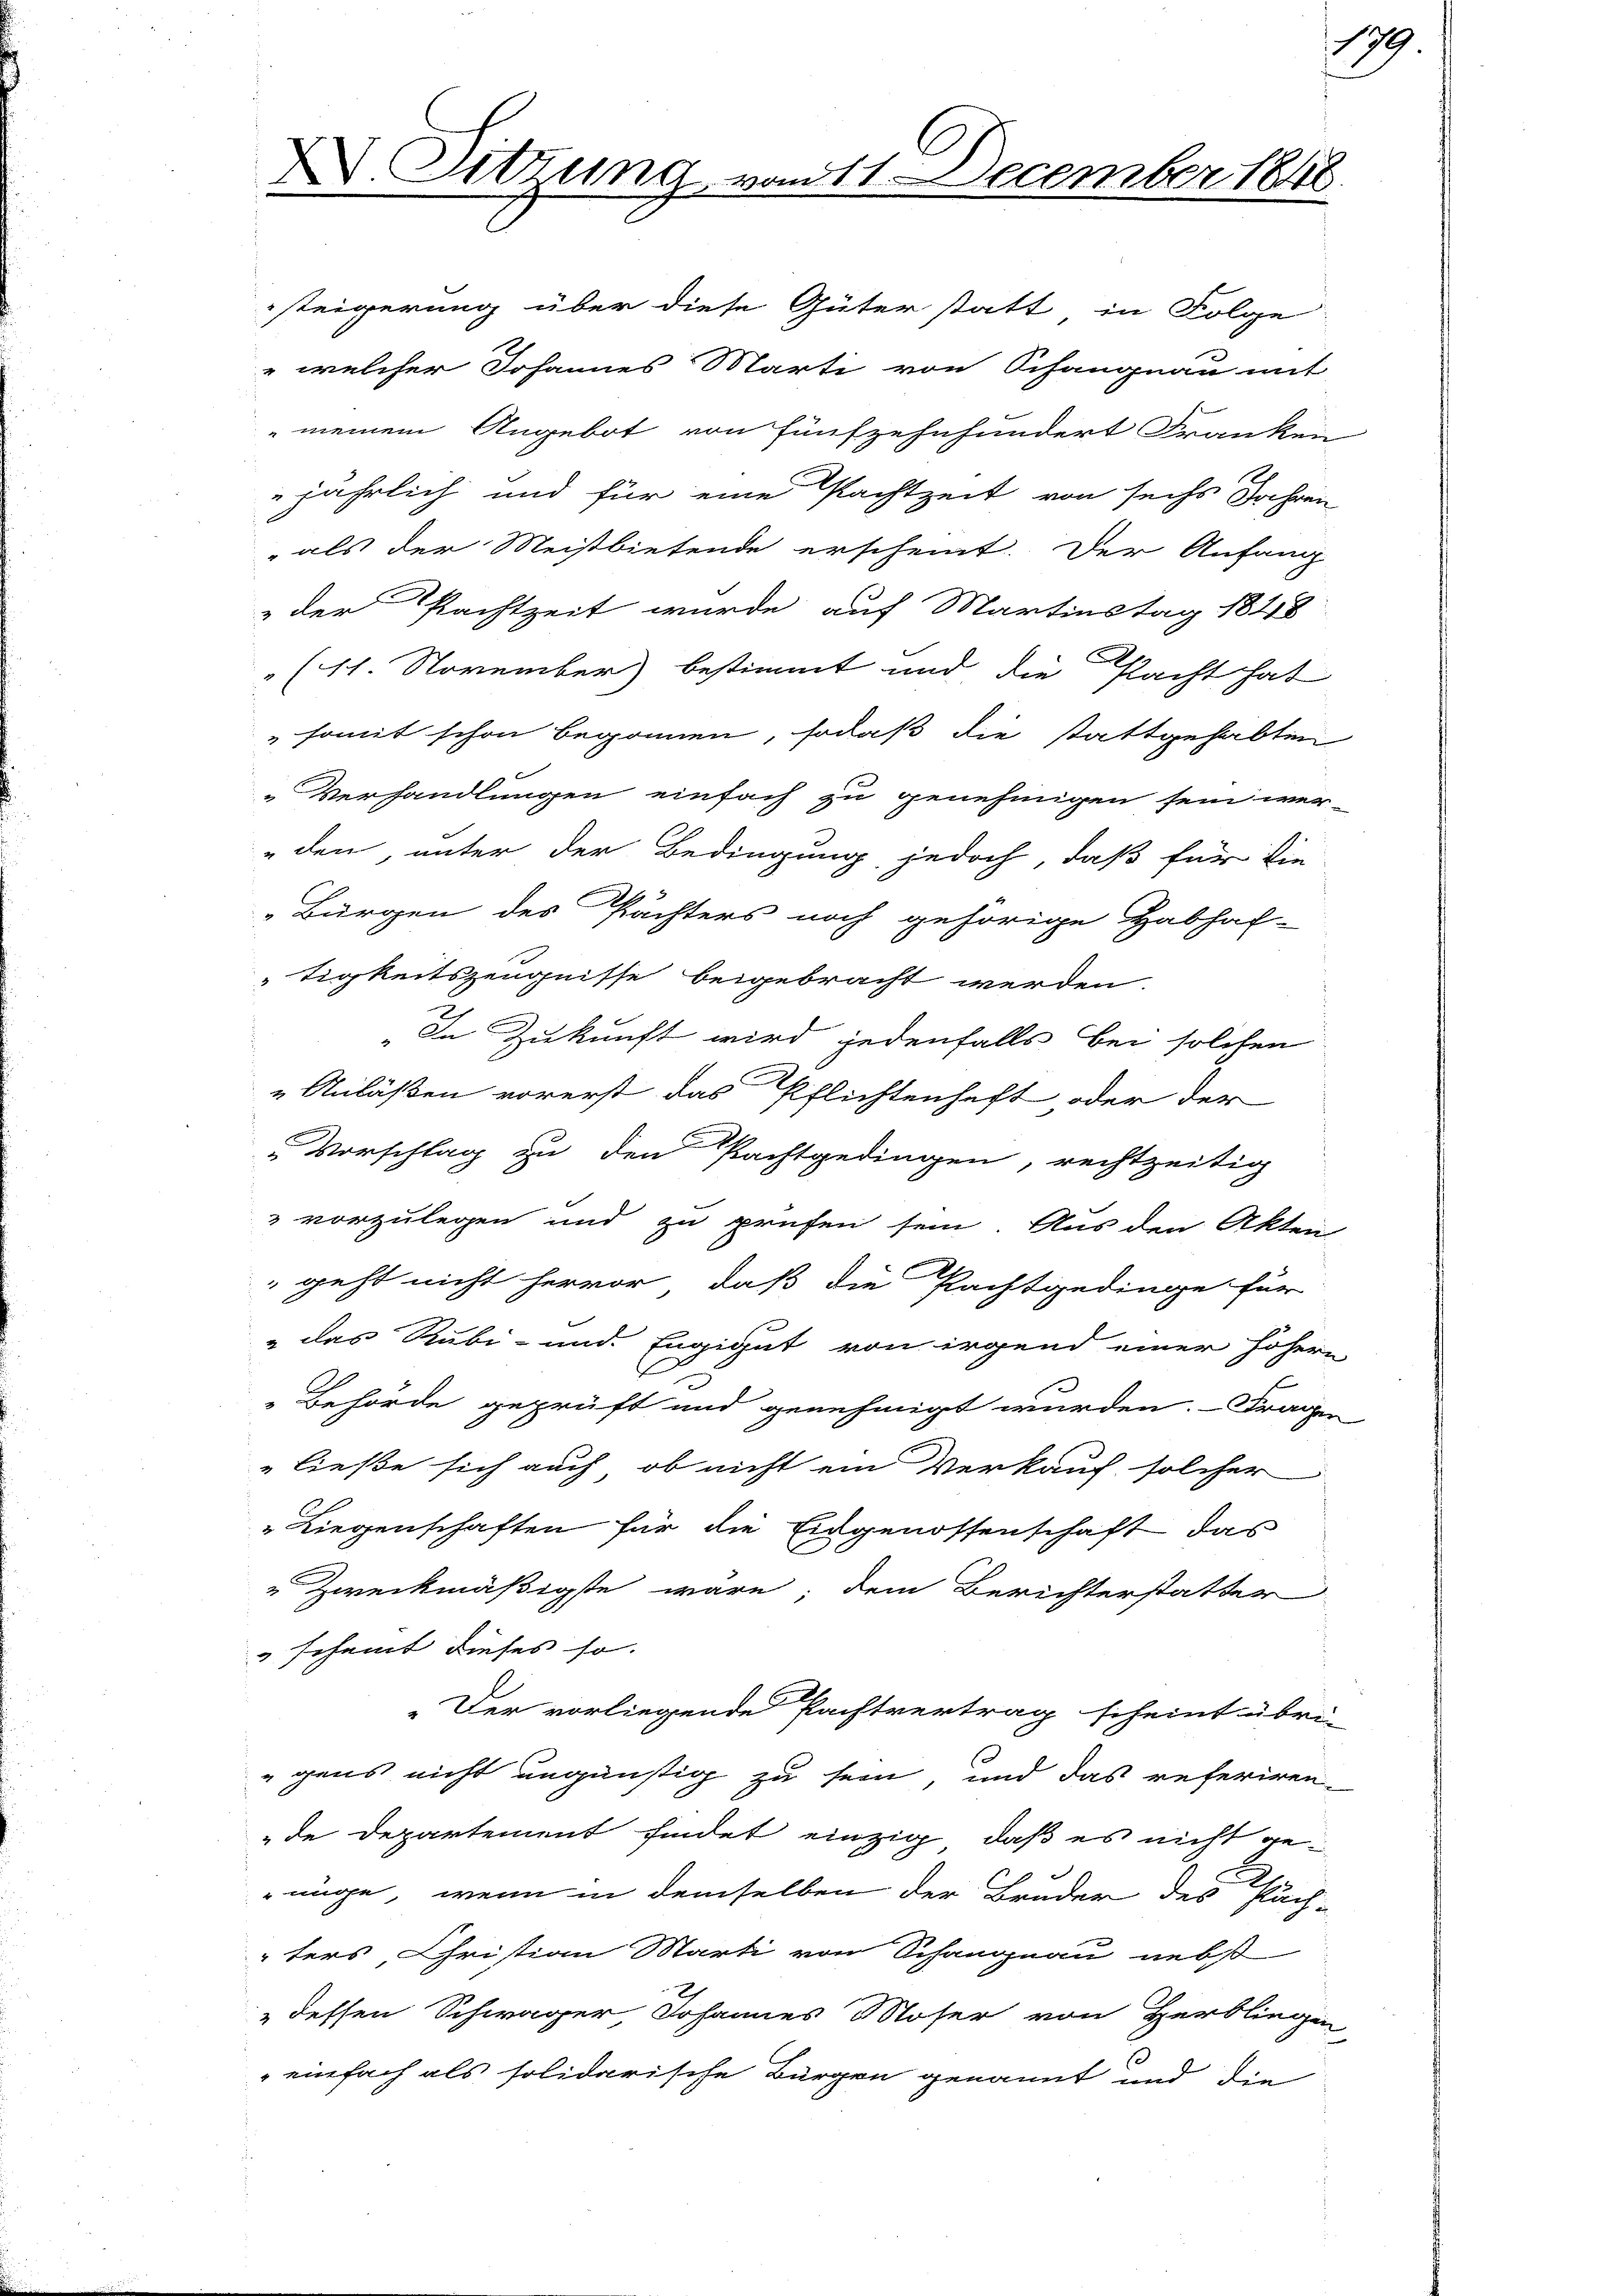
der Pachtzeit wurde auf Martinstag 1848
(11. November) bestimmt und die Pacht hat
"somit schon begonnen, sodaß die stattgehabten
Verhandlungen einfach zu genehmigen sein wer-
den, unter der Bedingung jedoch, daß für die
Bürgen des Pächters noch gehörige Habhaf-
tigkeitszeugnisse beigebracht werden.
„In Zukunft wird jedenfalls bei solchen
Anläßen vorerst das Pflichtenhaft oder der
Vorschlag zu den Pachtgedingen, rechtzeitig
3 vorzulegen und zu prüfen sein. Aus den Akten
geht nicht hervor, daß die Pachtgedinge für
 das Rubi- und Engigut von irgend einer höhern
Behörde geprüft und genehmigt wurden. Fragen
ließe sich auch, ob nicht ein Verkauf solcher
Liegenschaften für die Eidgenossenschaft das
 Zweckmäßigste wäre; dem Berichterstatter
" scheint dieses so.
" Der vorliegende Pachtvertrag scheint übri-
gens nicht ungünstig zu sein, und das referiren-
de Departement findet einzig, daß es nicht genüge, wenn in demselben der Bruder des Päch-
ters Christian Marti von Schangnau nebst
" dessen Schwager, Johannes Moser von Herbliegen
einfach als solidarische Bürgen genannt und die

Sitzung vom 11. December 1848.
x

steigerung über diese Güter statt in Folge
" welcher Johannes Marti von Schangnau mit
 meinem Angebot von fünfzehnhundert Franken
jährlich und für eine Pachtzeit von sechs Jahren
als der Meistbietende erscheint. Der Anfang

19